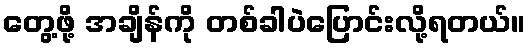
တွေ့ဖို့ အချိန်ကို တစ်ခါပဲပြောင်းလို့ရတယ်။